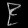
Digit: ၉